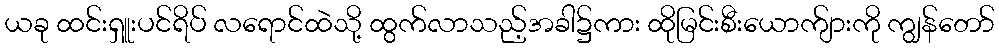
ယခု ထင်းရှူးပင်ရိပ် လရောင်ထဲသို့ ထွက်လာသည့်အခါ၌ကား ထိုမြင်းစီးယောက်ျားကို ကျွန်တော်